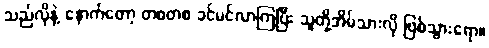
သည်လိုနဲ့ နောက်တော့ တစတစ ခင်မင်လာကြပြီး သူတို့အိမ်သားလို ဖြစ်သွားရော။